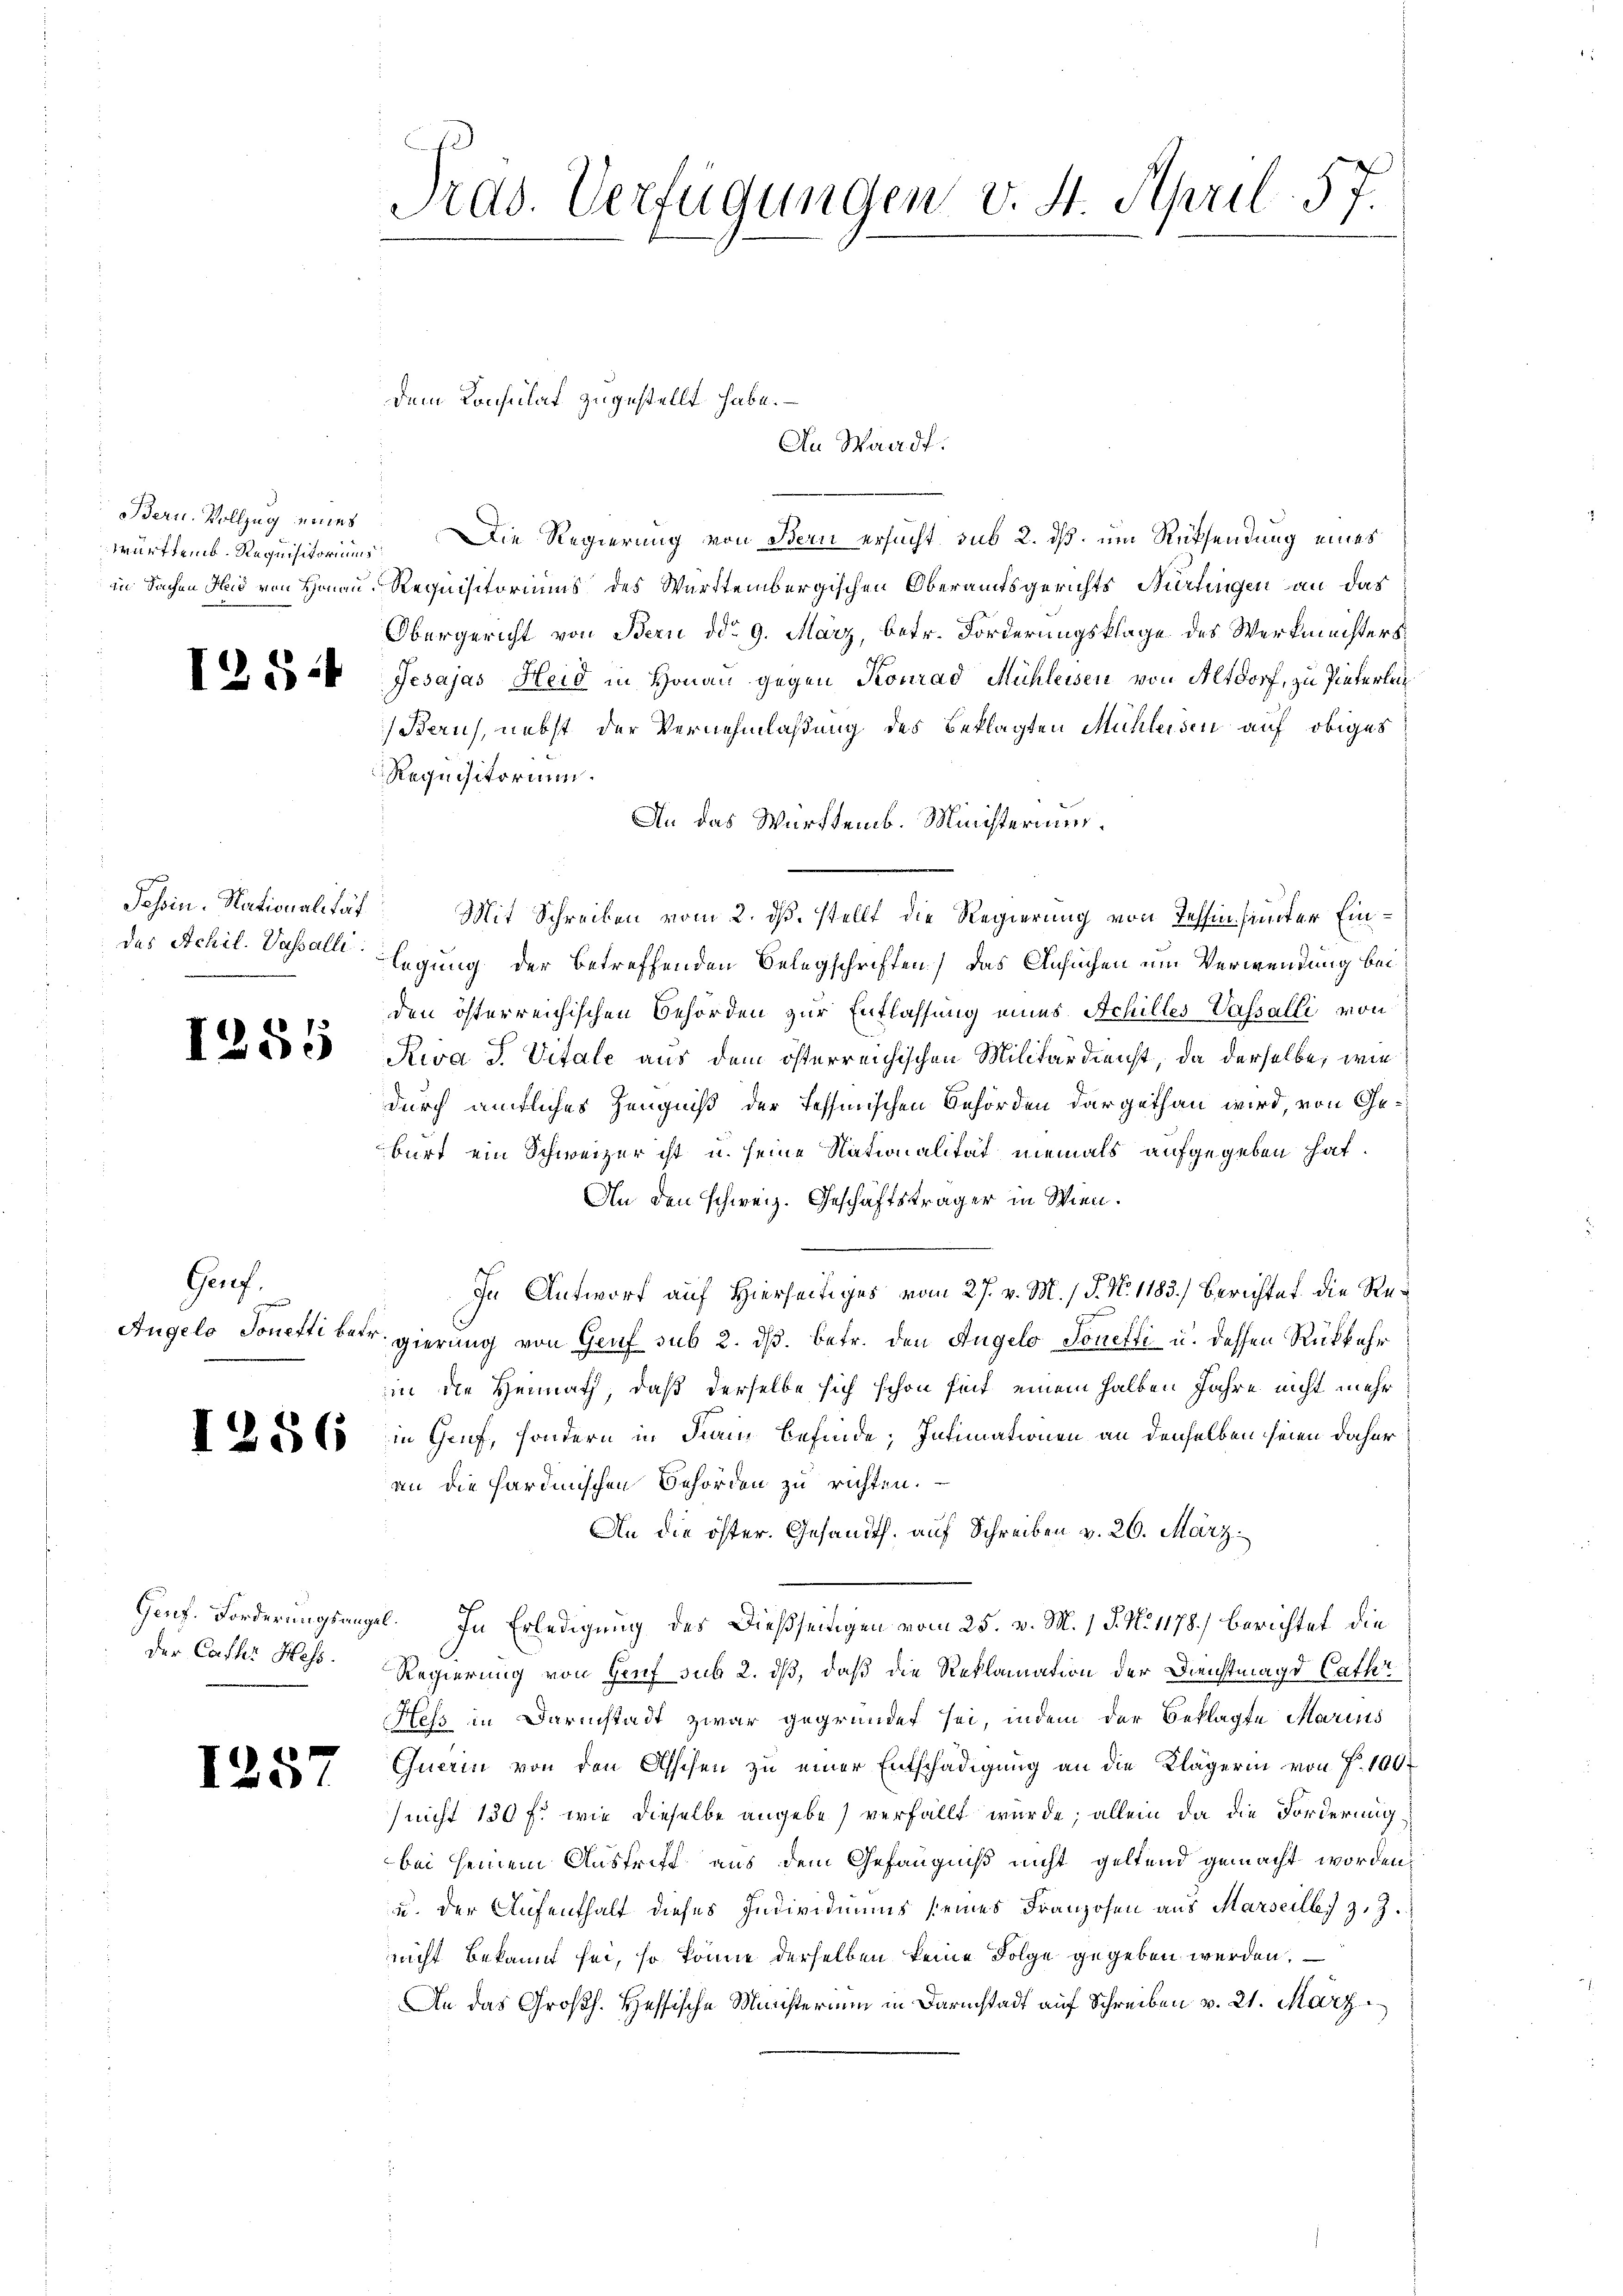
Bern. Vollzug eines

1254

1255

Genf.

der Cathr Hess.

1257

Pras. Verfügungen v. 4. April 57.

württemb. Requisitoriums. Die Regierung von Bern ersucht sub 2. dß. um Rücksendung eines
in Sachen Hud von Honau, Requisitoriums des Württembergischen Oberamtsgerichts Nürtingen an das
Obergericht von Bern ddo 9. März, betr. Forderungsklage des Werkmeisters
Jesajas Heid in Honau gegen Konrad Mühleisen von Altdorf, zu Pinterlei¬
Barus, nebst der Vernehmlaßung des Beklagten Michleisen auf obiges
Requisitorium.
An das Württemb. Ministerium.
Jahin. Nationalität Mit Schreiben vom 2. dß. stellt die Regierung von Tessin sinter Eindes Achil. Vasall legung der betreffenden Belegschriften) das Ansuchen um Verwendung bei
den österreichischen Behörden zur Entlassung eines Achilles Vasalli von
Riva J. Vitale aus dem österreichischen Militärdienst, da derselbe, wie
durch amtliches Zeugniß der Tessinischen Behörden dargethan wird, von Geburt ein Schweizer ist u. seine Nationalität niemals aufgegeben hat.
An den schweiz. Geschäftsträger in Wien.
In Antwort auf Hierseitiges vom 27. v. M. / P. N. 1183.) Berichtet die Re¬
Angelo Tonetti betr. gierung von Genf sub 2. dβ. betr. den Angelo Sonetti u. dessen Rükkehr
in die Heimath, daß derselbe sich schon seit einem halben Jahre nicht mehr
es (s. in Genf, sondern in darin befinde; Intimationen an denselben seien daher
an die sardinischen Behörden zu richten.
An die öster. Gesandth. auf Schreiben v. 26. März.
Genf. Forderungsangel. In Erledigung des Dießseitigen vom 25. v. M. 1 S. N. 1178) berichtet die
Regierung von Genf sub 2. dß, daß die Reklamation der Dienstmagd Cath
Hess in Darmstadt zwar gegründet sei, indem der Beklagte Marins
Querin von den Aschen zu einer Entschädigung an die Klägerin von P. 100
nicht 130 f: wie dieselbe angebe) verfällt wurde; allein da die Forderung,
bei seinem Austrift aus dem Gefängniß nicht geltend gemacht worden,
u. der Aufenthalt dieses Individuums seines Franzosen aus Marseilles z. Z.
nicht bekannt sei, so könne derselben keine Folge gegeben werden.
An das Großh. Hessische Ministerium in Darmstadt auf Schreiben v. 21. März

dem Konsulat zugestellt habe.
An Waadt.